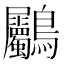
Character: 𪈺